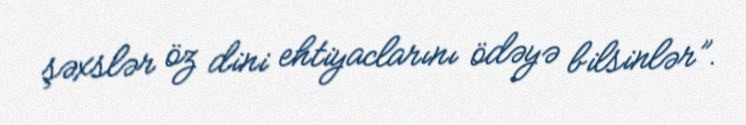
şəxslər öz dini ehtiyaclarını ödəyə bilsinlər”.